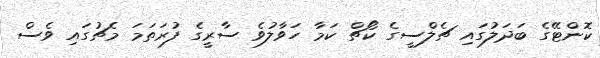
ކޮންޓޭގެ ބަދަލުގައި ޗެލްސީގެ ކޯޗް ކަމާ ހަވާލުވެ ސާރީގެ ފުރަތަމަ މެޗުގައި ވެސް